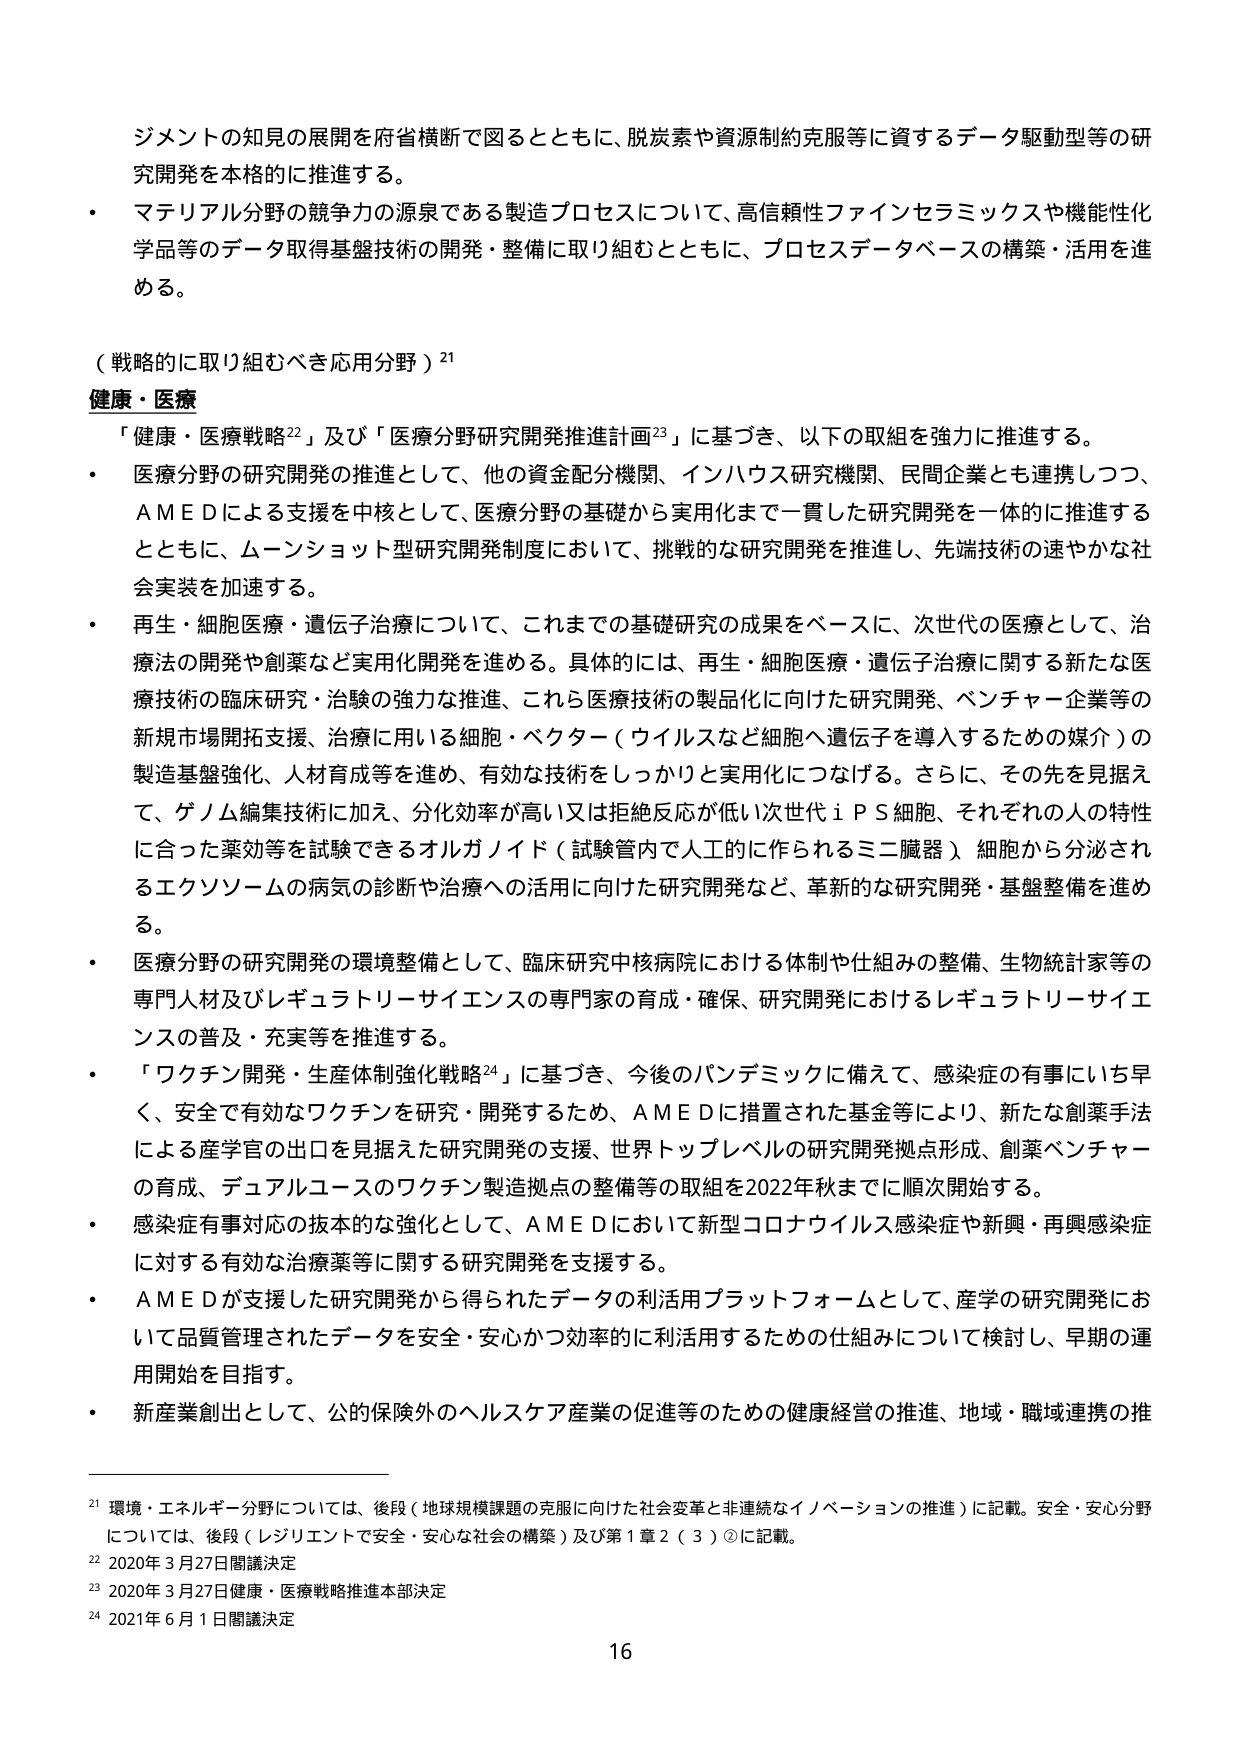
ジメントの知見の展開を府省横断で図るとともに、脱炭素や資源制約克服等に資するデータ駆動型等の研究開発を本格的に推進する。

・ マテリアル分野の競争力の源泉である製造プロセスについて、高信頼性ファインセラミックスや機能化学品等のデータ取得基盤技術の開発・整備に取り組むとともに、プロセスデータベースの構築・活用を進める。

（戦略的に取り組むべき応用分野）²¹

健康・医療

「健康・医療戦略²²」及び「医療分野研究開発推進計画²³」に基づき、以下の取組を強力に推進する。

・ 医療分野の研究開発の推進として、他の資金配分機関、インハウス研究機関、民間企業とも連携しつつ、AMEDによる支援を中核として、医療分野の基礎から実用化まで一貫した研究開発を一体的に推進するとともに、ムーンショット型研究開発制度において、挑戦的な研究開発を推進し、先端技術の速やかな社会実装を加速する。

・ 再生・細胞医療・遺伝子治療について、これまでの基礎研究の成果をベースに、次世代の医療として、治療法の開発や創薬など実用化開発を進める。具体的には、再生・細胞医療・遺伝子治療に関する新たな医療技術の臨床研究・治験の強力な推進、これら医療技術の製品化に向けた研究開発、ベンチャー企業等の新規市場開拓支援、治療に用いる細胞・ベクター（ウイルスなど細胞へ遺伝子を導入するための媒介）の製造基盤強化、人材育成等を進め、有効な技術をしっかりと実用化につなげる。さらに、その先を見据えて、ゲノム編集技術に加え、分化効率が高い又は拒絶反応が低い次世代iPS細胞、それぞれの人の特性に合った薬効等を試験できるオルガノイド（試験管内で人工的に作られるミニ臓器）細胞から分泌されるエクソソームの病気の診断や治療への活用に向けた研究開発など、革新的な研究開発・基盤整備を進める。

・ 医療分野の研究開発の環境整備として、臨床研究中核病院における体制や仕組みの整備、生物統計家等の専門人材及びレギュラトリーサイエンスの専門家の育成・確保、研究開発におけるレギュラトリーサイエンスの普及・充実等を推進する。

・ 「ワクチン開発・生産体制強化戦略²⁴」に基づき、今後のパンデミックに備えて、感染症の有事にいち早く、安全で有効なワクチンを研究・開発するため、AMEDに措置された基金等により、新たな創薬手法による産学官の出口を見据えた研究開発の支援、世界トップレベルの研究開発拠点形成、創薬ベンチャーの育成、デュアルユースのワクチン製造拠点の整備等の取組を2022年秋までに順次開始する。

・ 感染症有事対応の抜本的な強化として、AMEDにおいて新型コロナウイルス感染症や新興・再興感染症に対する有効な治療薬等に関する研究開発を支援する。

・ AMEDが支援した研究開発から得られたデータの利活用プラットフォームとして、産学の研究開発において品質管理されたデータを安全・安心かつ効率的に利活用するための仕組みについて検討し、早期の運用開始を目指す。

・ 新産業創出として、公的保険外のヘルスケア産業の促進等のための健康経営の推進、地域・職域連携の推

²¹ 環境・エネルギー分野については、後段（地球規模課題の克服に向けた社会変革と非連続なイノベーションの推進）に記載。安全・安心分野については、後段（レジリエントで安全・安心な社会の構築）及び第1章2（3）②に記載。

²² 2020年3月27日閣議決定

²³ 2020年3月27日健康・医療戦略推進本部決定

²⁴ 2021年6月1日閣議決定

16